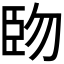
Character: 𫇅